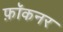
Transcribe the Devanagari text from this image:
फ़ॉकनर